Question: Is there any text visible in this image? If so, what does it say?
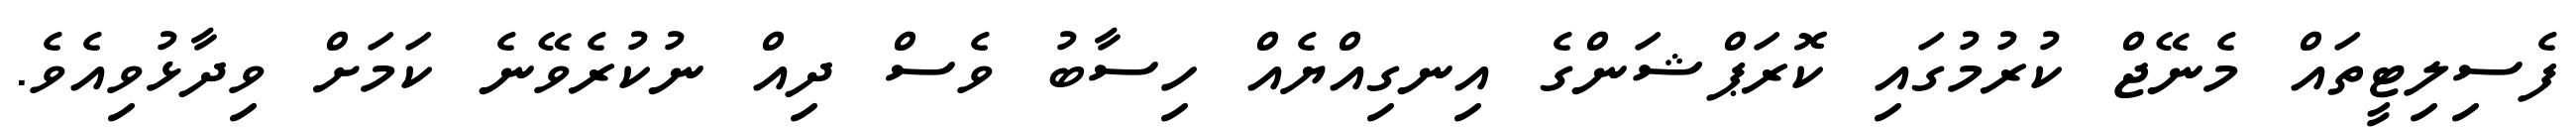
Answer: ފެސިލިޓީތައް މެނޭޖް ކުރުމުގައި ކޮރަޕްޝަންގެ އިނގިއްޔެއް ހިސާބު ވެސް ދިއް ނުކުރެވޭނެ ކަމަށް ވިދާޅުވިއެވެ.